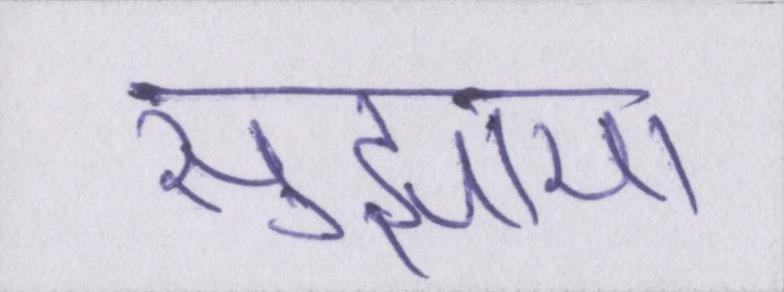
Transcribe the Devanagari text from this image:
सुझाया